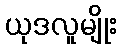
ယုဒလူမျိုး